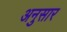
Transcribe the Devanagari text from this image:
अनुसार